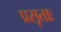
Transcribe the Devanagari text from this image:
प्रसृताः